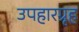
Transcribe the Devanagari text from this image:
उपहारग्रृह